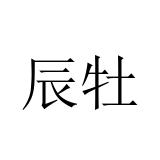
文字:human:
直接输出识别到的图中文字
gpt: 辰牡